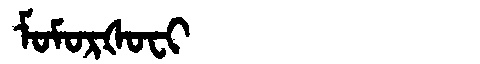
Manchu: ᠮᠣᠮᠣᡵᡧᠣᠸᡳ
Romanization: MOMORŠOFI